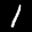
Label: 1